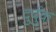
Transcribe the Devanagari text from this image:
दुर्दुक